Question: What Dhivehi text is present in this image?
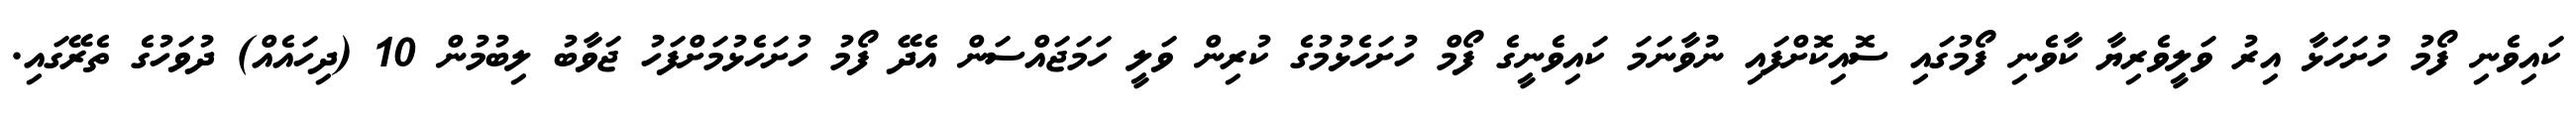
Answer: ކައިވެނި ފޯމު ހުށަހަޅާ އިރު ވަލީވެރިޔާ ކާވެނި ފޯމުގައި ސޮއިކޮށްފައި ނުވާނަމަ ކައިވެނީގެ ފޯމް ހުށަހެޅުމުގެ ކުރިން ވަލީ ހަމަޖައްސަން އެދޭ ފޯމު ހުށަހެޅުމަށްފަހު ޖަވާބު ލިބުމުން 10 (ދިހައެއް) ދުވަހުގެ ތެރޭގައި.